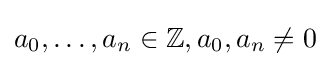
a_{0},\ldots ,a_{n}\in \mathbb {Z} ,a_{0},a_{n}\neq 0